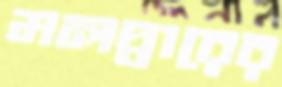
মলদ্বারের